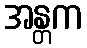
အန္တက